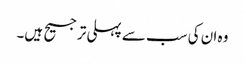
وہ ان کی سب سے پہلی ترجیح ہیں۔